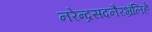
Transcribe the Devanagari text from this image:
नरेन्द्रसदनैरभ्रंलिहे